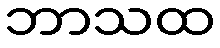
ဘာသထ